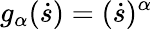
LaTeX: g_{\alpha}(\dot{s})=(\dot{s})^{\alpha}